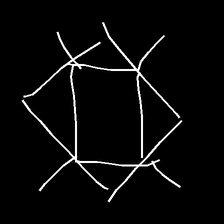
Glyph: light